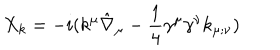
LaTeX: X _ { k } = - i ( k ^ { \mu } \hat { \nabla } _ { \mu } - { \frac { 1 } { 4 } } \gamma ^ { \mu } \gamma ^ { \nu } k _ { \mu ; \nu } )